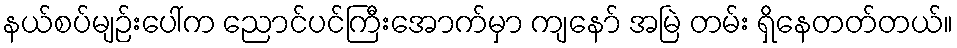
နယ်စပ်မျဉ်းပေါ်က ညောင်ပင်ကြီးအောက်မှာ ကျနော် အမြဲ တမ်း ရှိနေတတ်တယ်။